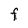
Character: F